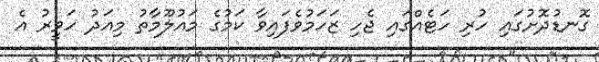
ގޮނޑުދޮށުގައި ހުރި ހަޓެއްގައި ޖެހި ޒަހަމުވެފައިވާ ކަމުގެ މައުލޫމާތު މިއަދު ހަވީރު އެ